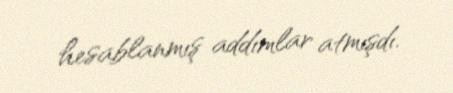
hesablanmış addımlar atmışdı.